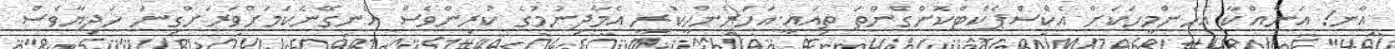
އާނ! އަނެއްކާ އެހެންމީހަކަށް އެކްސްޕެކްޓްކޮށްގެންތަ ތިއައީ.އަހަރެންހީކުރީ އެމާދިނުމުގެ ކުރިންވެސް އެނގޭނެކަމަށްވަރަށްގިނަ ހަދިޔާވެސް